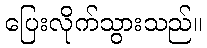
ပြေးလိုက်သွားသည်။